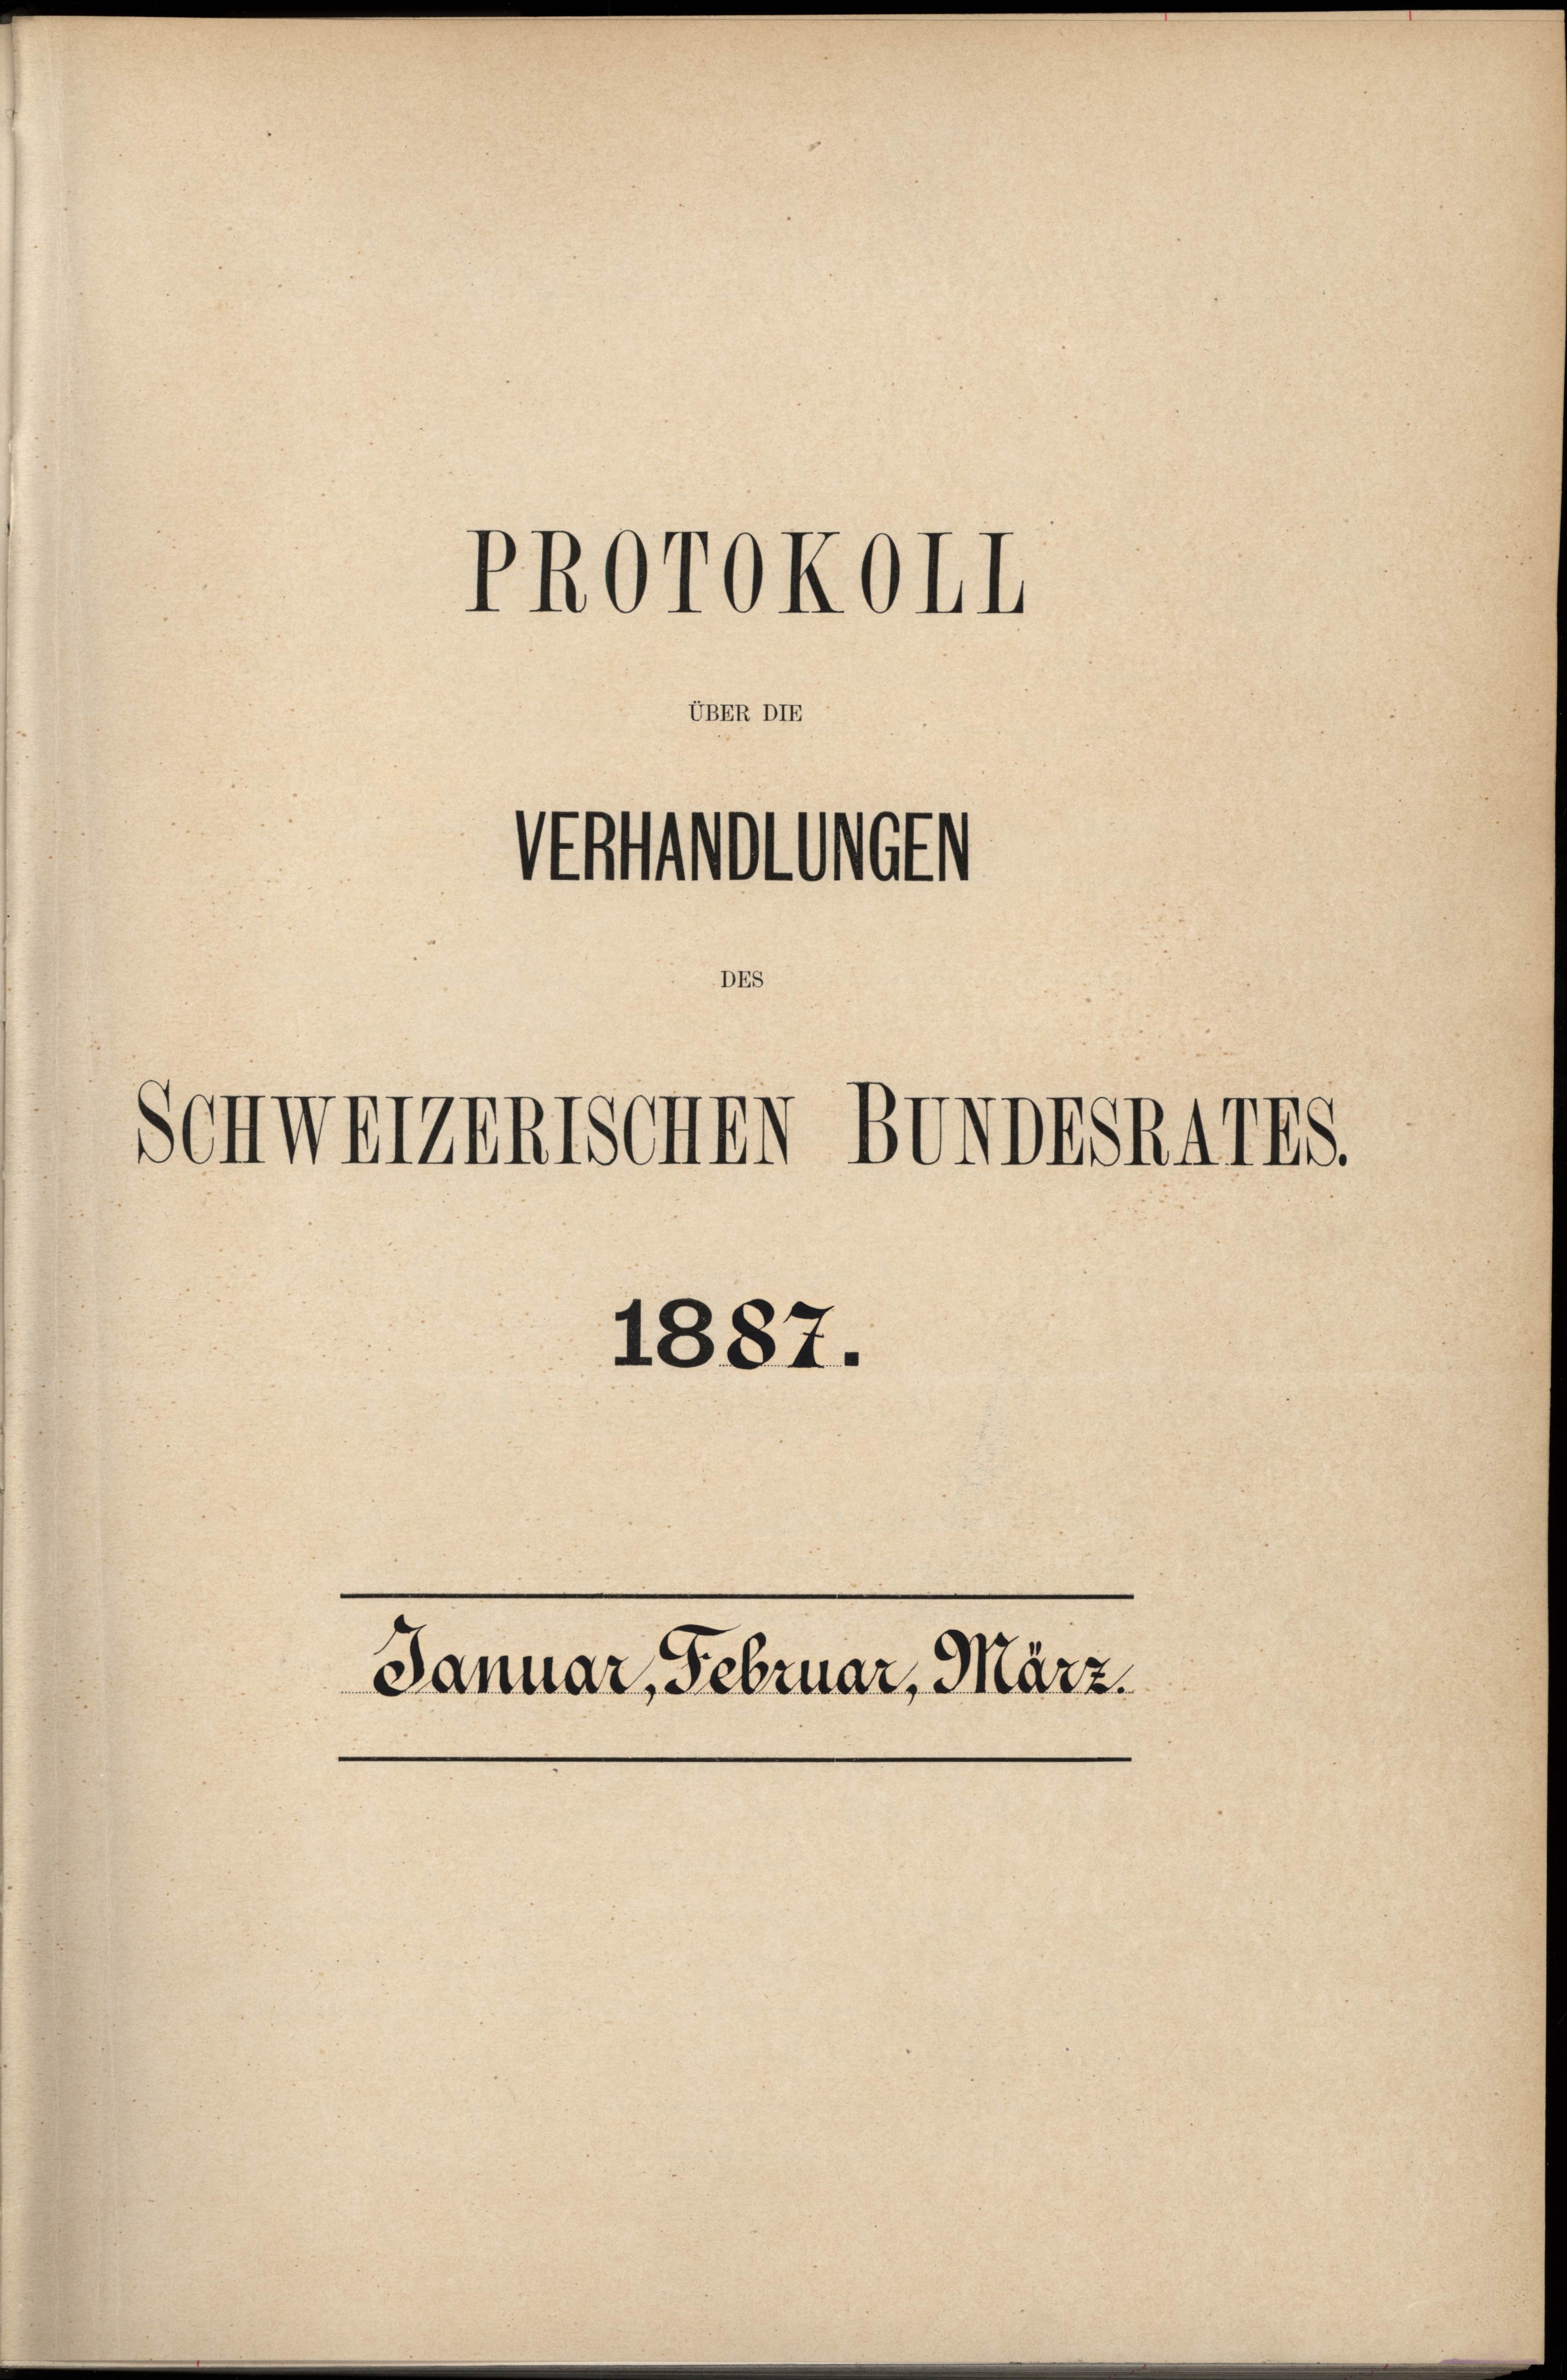
Stollen

UBER DIE

DE

PROrOkohl

Schweizenischen BUNDESRATES.
1887.
Januar, Februar, März.